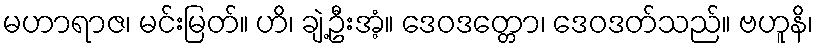
မဟာရာဇ၊ မင်းမြတ်။ ဟိ၊ ချဲ့ဦးအံ့။ ဒေဝဒတ္တော၊ ဒေဝဒတ်သည်။ ဗဟူနိ၊